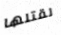
لقتلها